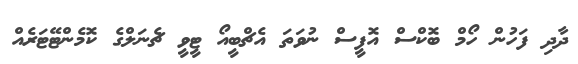
ދާދި ފަހުން ހޯމް ބޮކްސް އޮފީސް ނުވަތަ އެޗްބީއޯ ޓީވީ ޗެނަލްގެ ކޮމެންޓޭޓަރެއް